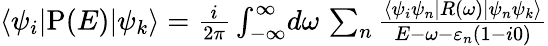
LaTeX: \begin{array}{r}{\langle\psi_{i}|\mathrm{P}(E)|\psi_{k}\rangle=\frac{i}{2\pi}\int_{-\infty}^{\infty}\! d\omega\, \sum_{n}\frac{\langle\psi_{i}\psi_{n}|R(\omega)|\psi_{n}\psi_{k}\rangle}{E-\omega-\varepsilon_{n}(1-i0)}}\end{array}